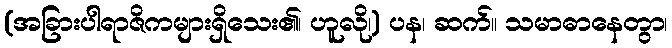
(အခြားပါရာဇိကများရှိသေး၏၊ ဟူလို၊) ပန၊ ဆက်။ သမာဓာနေတွာ၊